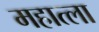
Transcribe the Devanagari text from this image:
महात्ला